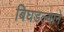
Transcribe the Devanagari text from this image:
बिघडल्याने